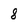
Character: 8